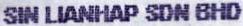
SIN LIANHAP SDN BHD